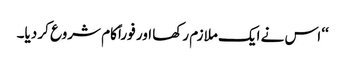
‘‘ اس نے ایک ملازم رکھا اور فوراً کام شروع کر دیا۔